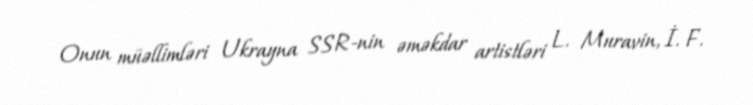
Onun müəllimləri Ukrayna SSR-nin əməkdar artistləri L. Muravin, İ. F.